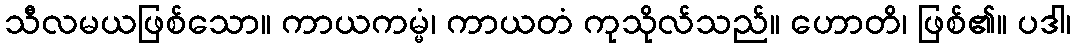
သီလမယဖြစ်သော။ ကာယကမ္မံ၊ ကာယတံ ကုသိုလ်သည်။ ဟောတိ၊ ဖြစ်၏။ ပဒါ၊